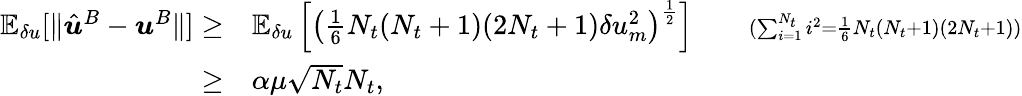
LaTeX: \begin{array}{rlr}{\mathbb{E}_{\delta u}[\| \hat{\boldsymbol{u}}^{B}-\boldsymbol{u}^{B}\| ]\ge}&{\mathbb{E}_{\delta u}\left[\left(\frac{1}{6}N_{t}(N_{t}+1)(2N_{t}+1)\delta u_{m}^{2}\right)^{\frac{1}{2}}\right]}&{\quad{\scriptstyle(\sum_{i=1}^{N_{t}}i^{2}=\frac{1}{6}N_{t}(N_{t}+1)(2N_{t}+1))}}\\ {\ge}&{\alpha\mu\sqrt{N_{t}}N_{t},}\end{array}